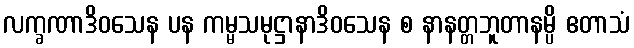
လက္ခဏာဒိဝသေန ပန ကမ္မသမုဋ္ဌာနာဒိဝသေန စ နာနတ္တဘူတာနမ္ပိ ဧတာသံ